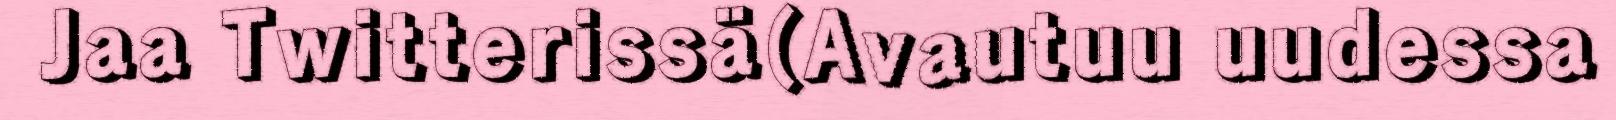
Jaa Twitterissä(Avautuu uudessa